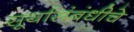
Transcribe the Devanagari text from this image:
सूर्यासंबंधीचे